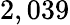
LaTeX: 2,039